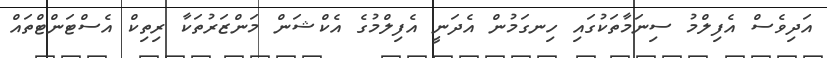
އަދިވެސް އެފިލްމު ސިނަމާތަކުގައި ހިނގަމުން އެދަނީ އެފިލްމުގެ އެކްޝަން މަންޒަރުތަކާ ރިތިކް އެސްޓަންޓްތައް